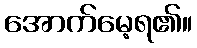
အောက်မေ့ရ၏။